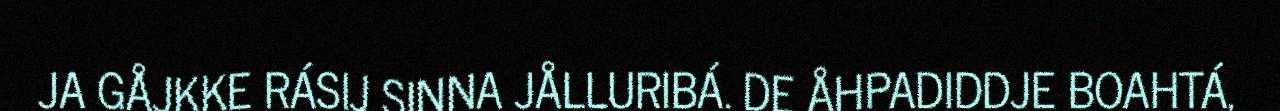
JA GÅJKKE RÁSIJ SINNA JÅLLURIBÁ. DE ÅHPADIDDJE BOAHTÁ,